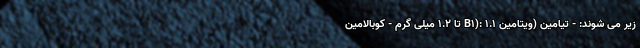
زیر می شوند: - تیامین (ویتامین B1): 1.1 تا 1.2 میلی گرم - کوبالامین